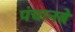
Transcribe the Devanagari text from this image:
पंचानबे